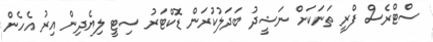
ސްޓްރެސް ފްރީ ތަނަކަށް ނަޝީދު ބަދަލުކުރަން ޑޮކްޓަރު ސިޓީ ލިޔެދިން އިރު އެހެން